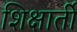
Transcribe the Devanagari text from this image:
शिक्षार्ती